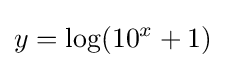
y=\log(10^{x}+1)